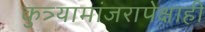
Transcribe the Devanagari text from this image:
कुत्र्यामांजरापेक्षाही